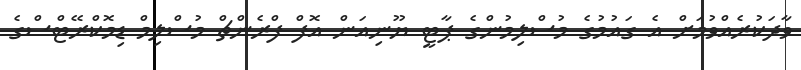
ވާދަކުރެއްވުމަށް އެ ގައުމުގެ މުސްލިމުންގެ ޕާޓީ ޔޫނިއަން އޮފް ފްރެންޗް މުސްލިމް ޑިމޮކްރޭޓްސްގެ